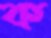
ক